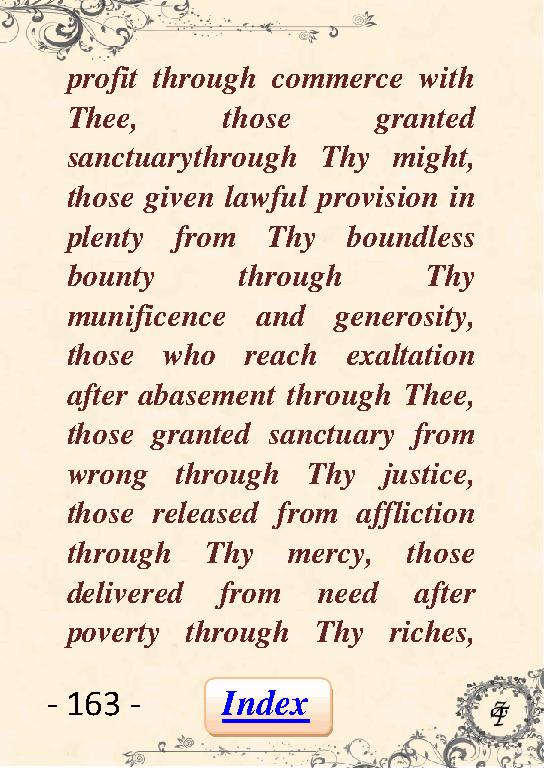
profit through commerce with
 Thee,      those     granted
 sanctuarythrough Thy  might,
 those given lawful provision in
 plenty  from  Thy  boundless
 bounty      through     Thy
 munificence  and  generosity,
 those  who  reach  exaltation
 after abasement through Thee,
 those granted sanctuary from
 wrong   through Thy  justice,
 those released from affliction
 through   Thy  mercy,  those
 delivered  from  need  after
 poverty through  Thy  riches,
 - 163 -     Index